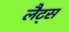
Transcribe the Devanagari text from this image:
लैट्स